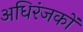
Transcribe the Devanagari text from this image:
अधिरंजकों